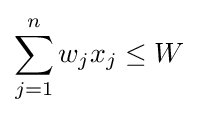
\sum _{j=1}^{n}w_{j}x_{j}\leq W